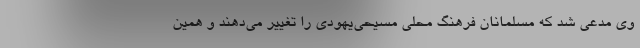
وی مدعی شد که مسلمانان فرهنگ محلی مسیحی‌یهودی را تغییر می‌دهند و همین